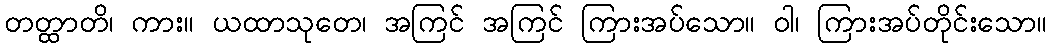
တတ္ထာတိ၊ ကား။ ယထာသုတေ၊ အကြင် အကြင် ကြားအပ်သော။ ဝါ၊ ကြားအပ်တိုင်းသော။